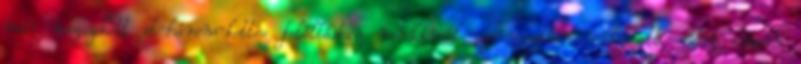
már megszokott öt-három-kettes felállásban rendkívül szervezetten védekezett, ezért csupán